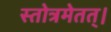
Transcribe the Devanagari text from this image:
स्तोत्रमेतत्।